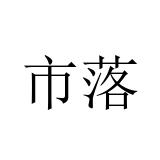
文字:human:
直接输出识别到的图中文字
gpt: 市落